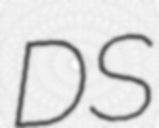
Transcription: DS